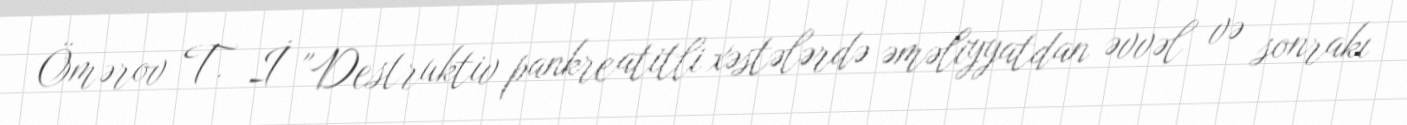
Ömərov T. İ "Destruktiv pankreatitli xəstələrdə əməliyyatdan əvvəl və sonrakı